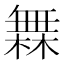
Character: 橆